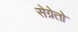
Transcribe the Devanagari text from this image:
सेग्रेतो